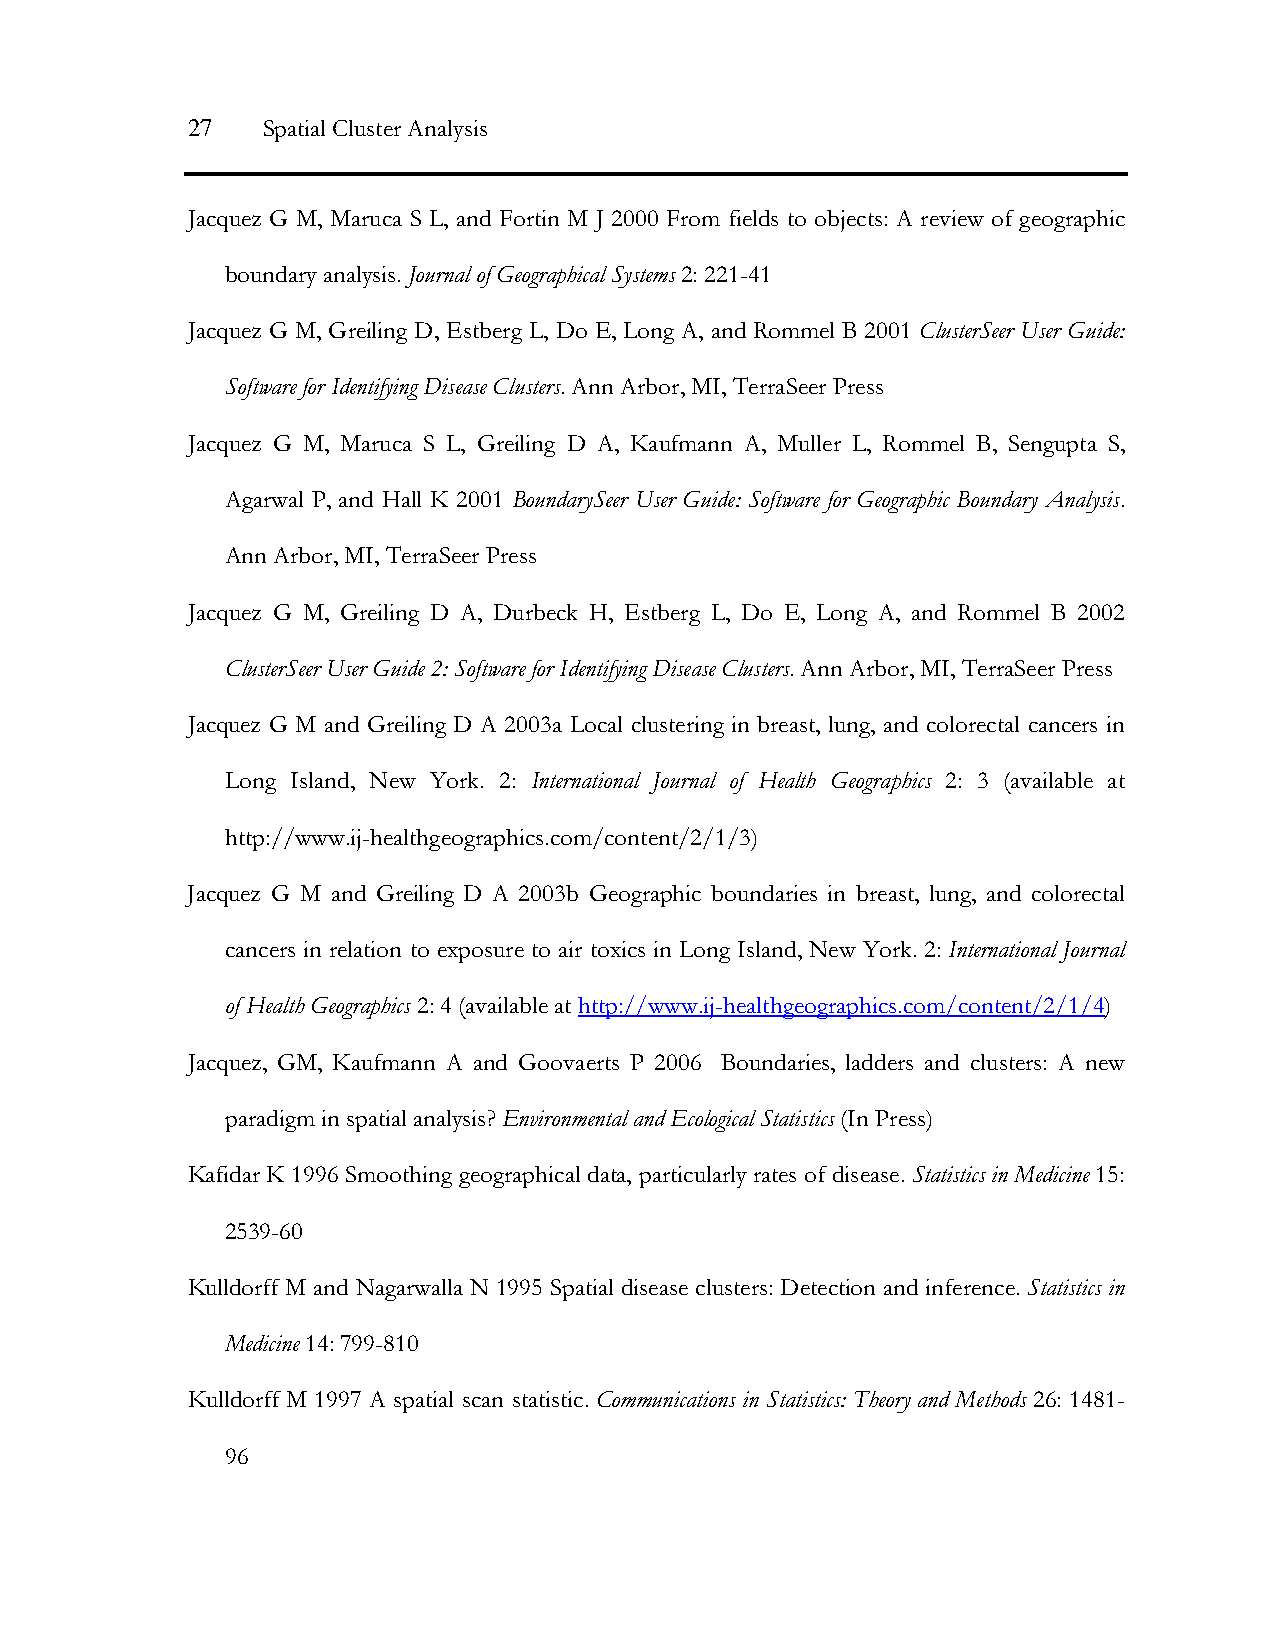
27   Spatial Cluster Analysis
 Jacquez G M, Maruca S L, and Fortin M J 2000 From fields to objects: A review of geographic
 boundary analysis. Journal of Geographical Systems 2: 221-41
 Jacquez G M, Greiling D, Estberg L, Do E, Long A, and Rommel B 2001 ClusterSeer User Guide:
 Software for Identifying Disease Clusters. Ann Arbor, MI, TerraSeer Press
 Jacquez G M, Maruca S L, Greiling D A, Kaufmann A, Muller L, Rommel B, Sengupta S,
 Agarwal P, and Hall K 2001 BoundarySeer User Guide: Software for Geographic Boundary Analysis.
 Ann Arbor, MI, TerraSeer Press
 Jacquez G M, Greiling D A, Durbeck H, Estberg L, Do E, Long A, and Rommel B 2002
 ClusterSeer User Guide 2: Software for Identifying Disease Clusters. Ann Arbor, MI, TerraSeer Press
 Jacquez G M and Greiling D A 2003a Local clustering in breast, lung, and colorectal cancers in
 Long Island, New York. 2: International Journal of Health Geographics 2: 3 (available at
 http://www.ij-healthgeographics.com/content/2/1/3)
 Jacquez G M and Greiling D A 2003b Geographic boundaries in breast, lung, and colorectal
 cancers in relation to exposure to air toxics in Long Island, New York. 2: International Journal
 of Health Geographics 2: 4 (available at http://www.ij-healthgeographics.com/content/2/1/4)
 Jacquez, GM, Kaufmann A and Goovaerts P 2006 Boundaries, ladders and clusters: A new
 paradigm in spatial analysis? Environmental and Ecological Statistics (In Press)
 Kafidar K 1996 Smoothing geographical data, particularly rates of disease. Statistics in Medicine 15:
 2539-60
 Kulldorff M and Nagarwalla N 1995 Spatial disease clusters: Detection and inference. Statistics in
 Medicine 14: 799-810
 Kulldorff M 1997 A spatial scan statistic. Communications in Statistics: Theory and Methods 26: 1481-
 96